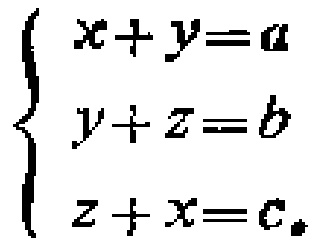
\[\begin{cases}

x + y = a\\

y + z = b\\

z + x = c

\end{cases}\]